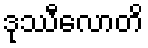
ဒုဿီလောတိ